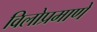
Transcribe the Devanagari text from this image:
विलोप्रमाणे